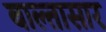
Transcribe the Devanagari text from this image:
बाल्तासार